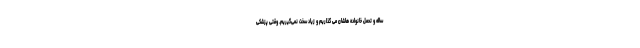
ساله و تحمل خانواده هاشان می گذاریم و زیاد سخت نمی‌گیریم. وقتی پزشکی